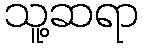
သူ့ဆရာ